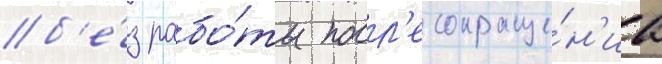
б'е́з рабо́ты посл'е сокраще́н'иа